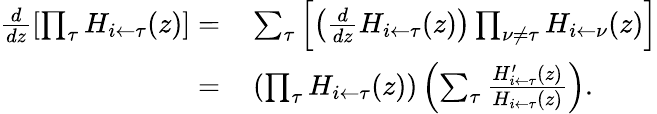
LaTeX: \begin{array}{rl}{\frac{d}{dz}\left[\prod_{\tau}H_{i\leftarrow\tau}(z)\right]=}&{{}\sum_{\tau}\left[\left(\frac{d}{dz}H_{i\leftarrow\tau}(z)\right)\prod_{\nu\neq\tau}H_{i\leftarrow\nu}(z)\right]}\\ {=}&{{}\left(\prod_{\tau}H_{i\leftarrow\tau}(z)\right)\left(\sum_{\tau}\frac{H_{i\leftarrow\tau}^{\prime}(z)}{H_{i\leftarrow\tau}(z)}\right).}\end{array}